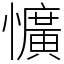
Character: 懭